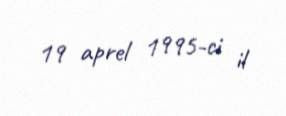
19 aprel 1995-ci il